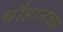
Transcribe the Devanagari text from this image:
चौहानंच्या